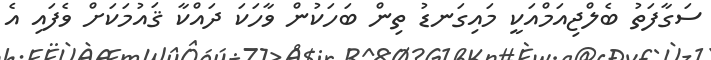
ސަގާފަތު ބެލްޖިއަމްއަކީ މައިގަނޑު ތިން ބަހަކުން ވާހަކަ ދައްކާ ޤައުމަކަށް ވެފައި އެ